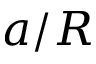
a / R